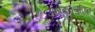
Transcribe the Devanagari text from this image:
अग्रदूतमुक्ति